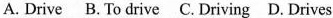
A. Drive B. To drive C. Driving D. Drives